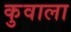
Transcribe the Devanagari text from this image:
कुवाला